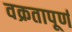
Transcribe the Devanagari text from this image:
वक्रतापूर्ण